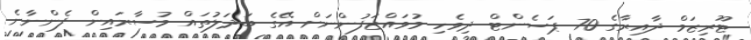
ޓޫރިޒަމް ދާއިރާގެ 70 ޕަސެންޓް ދިވެހި މުވައްޒަފުންނަށް އޭގެ ބަދަލުތައް މުސާރައިން ފެންނާނެ